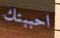
احببتك